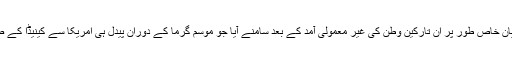
کینیڈین وزیر اعظم کا یہ بیان خاص طور پر ان تارکین وطن کی غیر معمولی آمد کے بعد سامنے آیا جو موسم گرما کے دوران پیدل ہی امریکا سے کینیڈا کے صوبے کیوبیک پہنچے ہیں۔